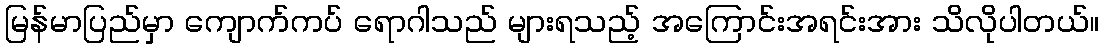
မြန်မာပြည်မှာ ကျောက်ကပ် ရောဂါသည် များရသည့် အကြောင်းအရင်းအား သိလိုပါတယ်။